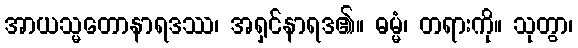
အာယသ္မတောနာရဒဿ၊ အရှင်နာရဒ၏။ ဓမ္မံ၊ တရားကို။ သုတွာ၊